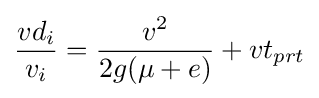
{\frac {vd_{i}}{v_{i}}}={\frac {v^{2}}{2g(\mu +e)}}+vt_{prt}